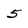
Character: 5